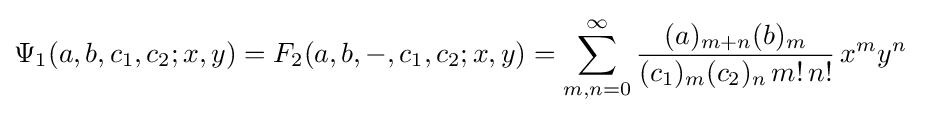
\Psi _{1}(a,b,c_{1},c_{2};x,y)=F_{2}(a,b,-,c_{1},c_{2};x,y)=\sum _{m,n=0}^{\infty }{\frac {(a)_{m+n}(b)_{m}}{(c_{1})_{m}(c_{2})_{n}\,m!\,n!}}\,x^{m}y^{n}~